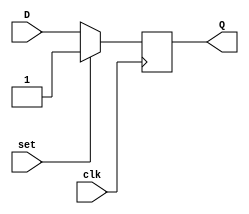
module d_flip_flop (
    input D,
    input clk,
    input set,
    output reg Q
);

always @(posedge clk) begin
    if (set) begin
        Q <= 1'b1;
    end else begin
        Q <= D;
    end
end

endmodule